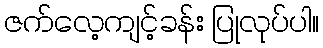
ဇက်လေ့ကျင့်ခန်း ပြုလုပ်ပါ။